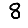
Digit: 8